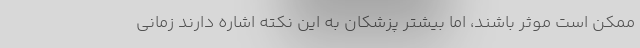
ممکن است موثر باشند، اما بیشتر پزشکان به این نکته اشاره دارند زمانی